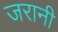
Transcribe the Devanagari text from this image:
जरानी